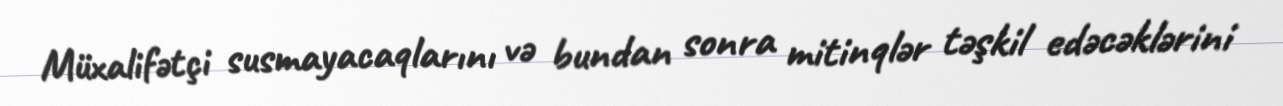
Müxalifətçi susmayacaqlarını və bundan sonra mitinqlər təşkil edəcəklərini